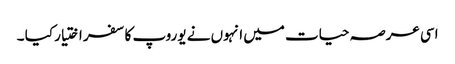
اسی عرصہ حیات میں انہوں نے یوروپ کا سفر اختیار کیا ۔